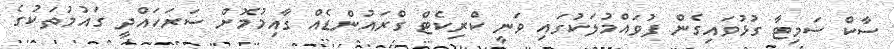
ސާކް ސަމިޓާ ގުޅުވައިގެން ފުވައްމުލަކުގައި ވަނީ ކްރިކެޓް ގްރައުންޑެއް ގާއިމުމޮށް ސަރަހައްދީ ގައުމުތަކުގެ